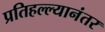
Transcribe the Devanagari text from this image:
प्रतिहल्ल्यानंतर